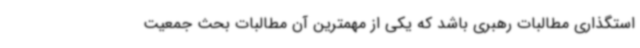
استگذاری مطالبات رهبری باشد که یکی از مهمترین آن مطالبات بحث جمعیت